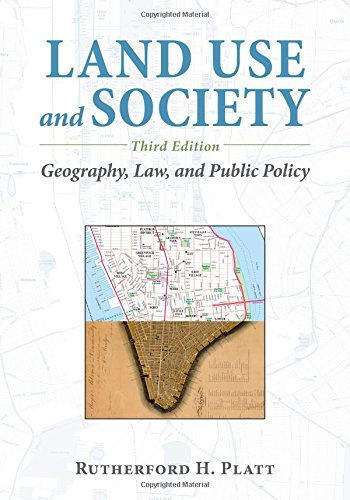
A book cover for Land Use and Society, Third Edition: Geography, Law, and Public Policy; Rutherford H. Platt; Law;